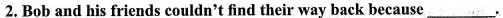
2.Bob and his friends couldn't find their way back because___.